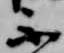
不